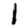
Digit: 1